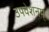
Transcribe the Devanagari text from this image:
उपवेशनम्